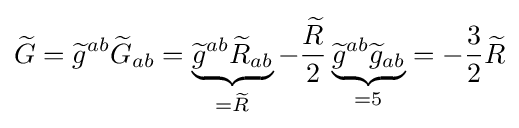
{\widetilde {G}}={\widetilde {g}}^{ab}{\widetilde {G}}_{ab}=\underbrace {{\widetilde {g}}^{ab}{\widetilde {R}}_{ab}} _{={\widetilde {R}}}-{\frac {\widetilde {R}}{2}}\underbrace {{\widetilde {g}}^{ab}{\widetilde {g}}_{ab}} _{=5}=-{\frac {3}{2}}{\widetilde {R}}